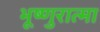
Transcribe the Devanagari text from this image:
भूष्णुरात्मा